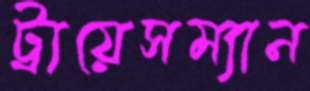
ট্রায়েসম্যান